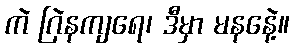
ကဲ ဂြဲနကျရေ၊ ဒီမှာ မနနေဲ့။